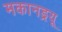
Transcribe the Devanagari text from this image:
मकानड्रयू